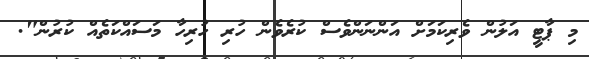
މި ޕާޓީ އަލުން ވެރިކަމަށް އަންނަންވެސް ކުރެވެން ހުރި ހުރިހާ މަސައްކަތެއް ކުރުން".